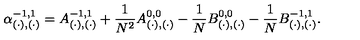
\alpha _ { ( \cdot ) , ( \cdot ) } ^ { - 1 , 1 } = A _ { ( \cdot ) , ( \cdot ) } ^ { - 1 , 1 } + \frac { 1 } { N ^ { 2 } } A _ { ( \cdot ) , ( \cdot ) } ^ { 0 , 0 } - \frac { 1 } { N } B _ { ( \cdot ) , ( \cdot ) } ^ { 0 , 0 } - \frac { 1 } { N } B _ { ( \cdot ) , ( \cdot ) } ^ { - 1 , 1 } .